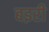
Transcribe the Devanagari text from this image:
बइरी